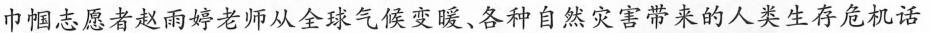
巾志愿者赵雨婷老师从全球气候变暖，各种自然灾害带来的人类生存危机话